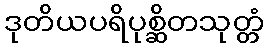
ဒုတိယပရိပုစ္ဆိတသုတ္တံ